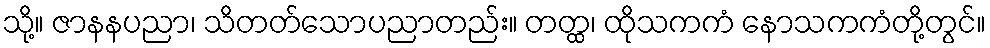
သို့။ ဇာနနပညာ၊ သိတတ်သောပညာတည်း။ တတ္ထ၊ ထိုသကကံ နောသကကံတို့တွင်။